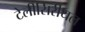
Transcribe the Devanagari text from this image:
टेलीसिरीयल